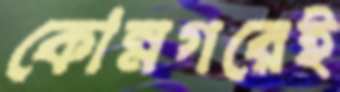
কোন্নগরেই